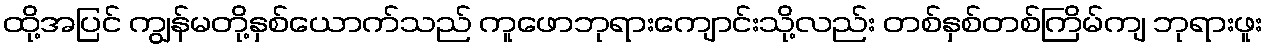
ထို့အပြင် ကျွန်မတို့နှစ်ယောက်သည် ကူဖောဘုရားကျောင်းသို့လည်း တစ်နှစ်တစ်ကြိမ်ကျ ဘုရားဖူး